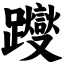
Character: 躞